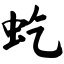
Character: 虼